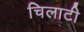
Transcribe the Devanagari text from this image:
चिलाटी